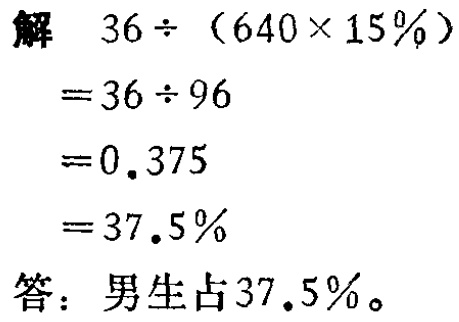
解 \(36\div(640\times 15\%)\)

\(=36\div 96\)

\(=0.375\)

\(=37.5\%\)

答：男生占\(37.5\%\)。